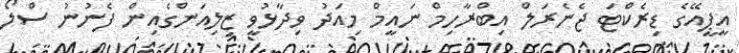
އީޕީއޭގެ ޑިރެކްޓަ ޖެނެރަލް އިބްރާހިމް ނައީމް މިއަދު ވިދާޅުވީ ޒިލިއަންގެއިން ފެނުނު ސްލޯ